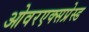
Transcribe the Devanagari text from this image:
ओवरएक्सप्रेस्ड